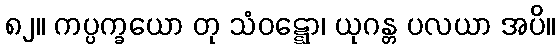
၈၂။ ကပ္ပက္ခယော တု သံဝဋ္ဋော၊ ယုဂန္တ ပလယာ အပိ။